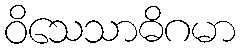
ဝိသေသာဓိဂမာ